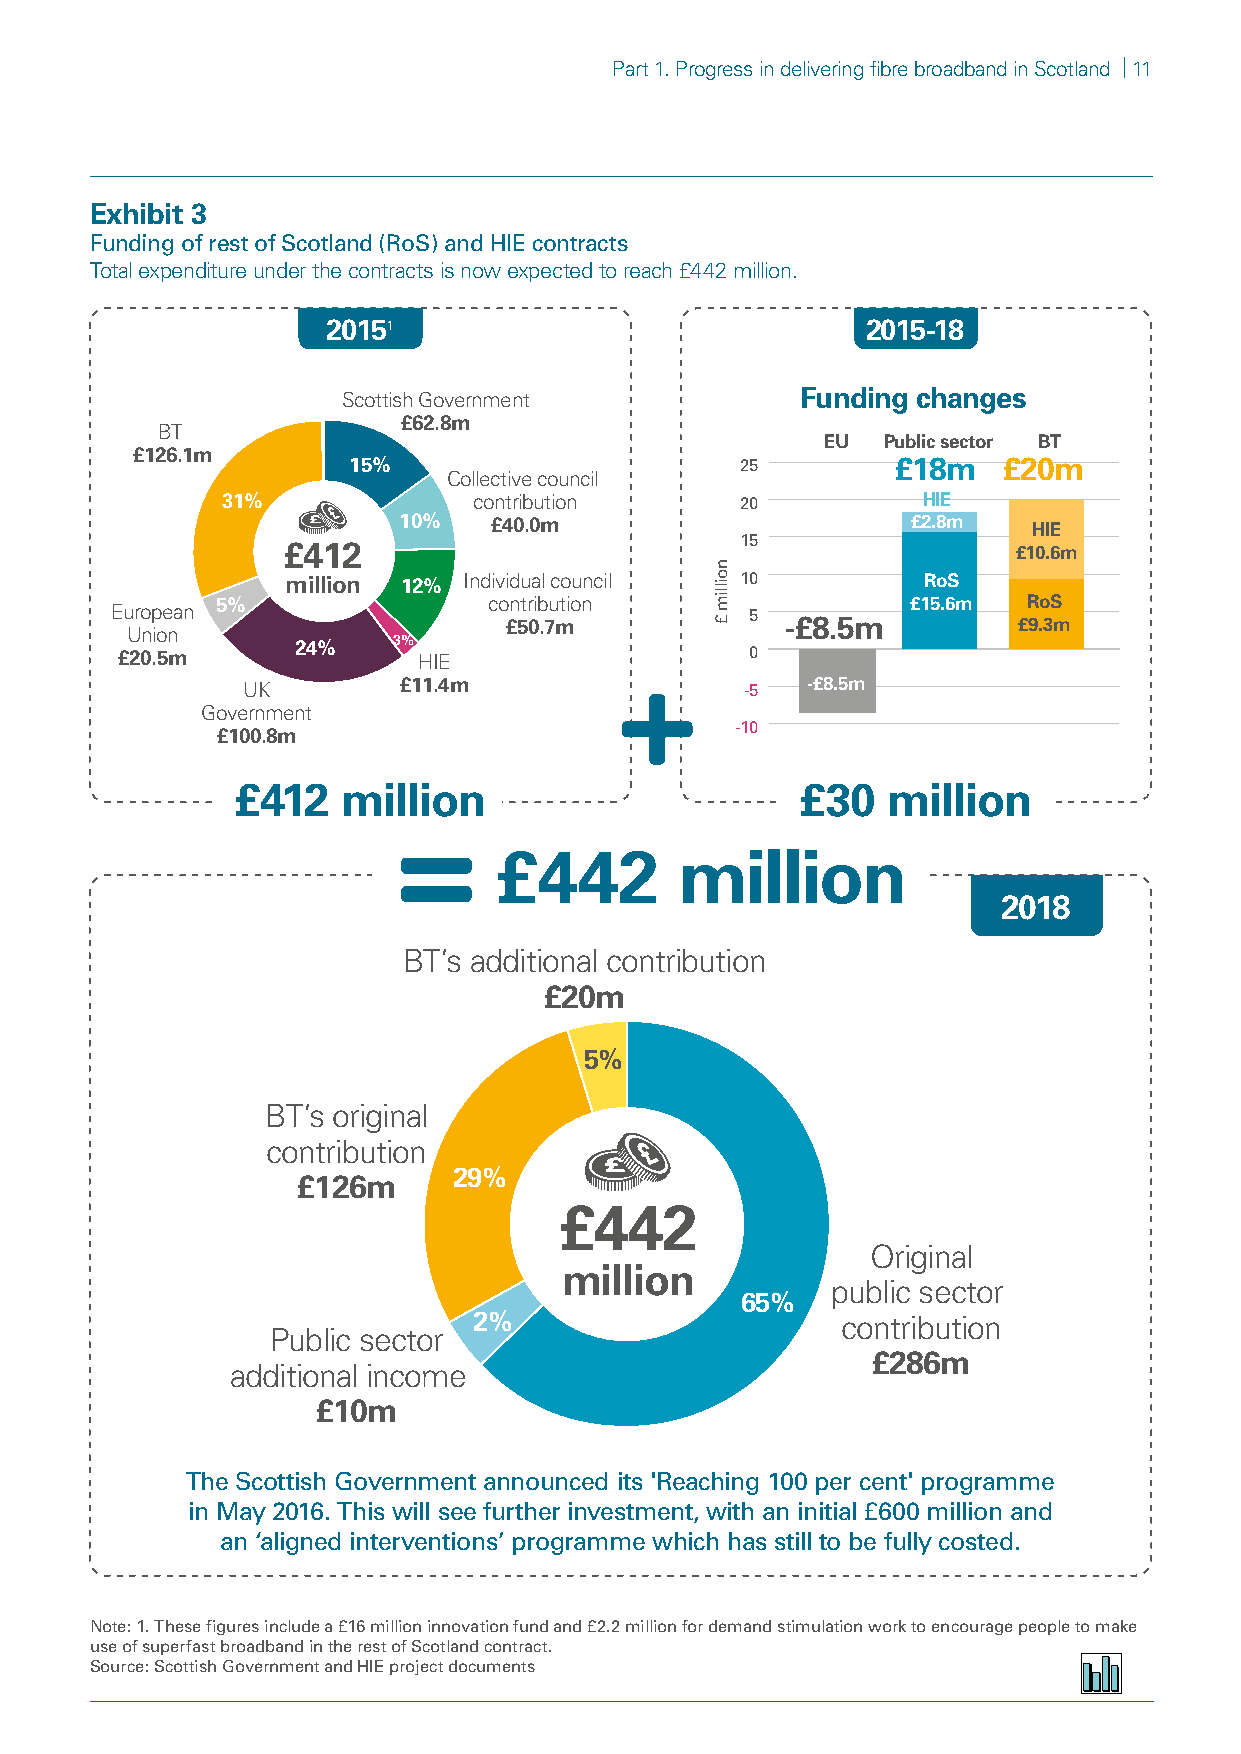
Part 1. Progress in delivering fibre broadband in Scotland | 11
 Exhibit 3
 Funding of rest of Scotland (RoS) and HIE contracts
 Total expenditure under the contracts is now expected to reach £442 million.
 20151                              2015-18
 Scottish Government           Funding changes
 £62.8m
 BT
 EU   Public sector BT
 £126.1m
 15%                       25        £18m   £20m
 Collective council
 31%             contribution      20          HIE
 10%   £40.0m                      £2.8m   HIE
 15
 £412                                            £10.6m
 million 12% Individual council 10         RoS
 5%                contribution                £15.6m  RoS
 European                                   5
 £50.7m             -£8.5m         £9.3m
 Union
 24%   3%
 £20.5m              HIE                   0
 UK        £11.4m                 -5  -£8.5m
 Government
 -10
 £100.8m
 £412   million                       £30   million
 £442        million
 2018
 BT’s additional contribution
 £20m
 5%
 BT’s original
 contribution
 29%
 £126m
 £442
 Original
 million
 public sector
 65%
 2%                       contribution
 Public sector
 £286m
 additional income
 £10m
 The Scottish Government announced its 'Reaching 100 per cent' programme
 in May 2016. This will see further investment, with an initial £600 million and
 an ‘aligned interventions’ programme which has still to be fully costed.
 Note: 1. These figures include a £16 million innovation fund and £2.2 million for demand stimulation work to encourage people to make
 use of superfast broadband in the rest of Scotland contract.
 Source: Scottish Government and HIE project documents
 noillim
 £